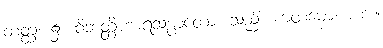
တတ္ထ၊ ၌။ ဝိဘတ္တိဟာရသမ္ပာတော၊ သည်။ ကတမော၊ ကား။